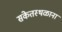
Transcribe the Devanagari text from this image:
संकेतस्थळाना